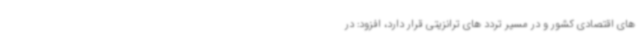
های اقتصادی کشور و در مسیر تردد های ترانزیتی قرار دارد، افزود: در